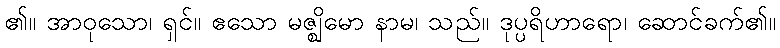
၏။ အာဝုသော၊ ရှင်။ ဧသော မဇ္ဈိမော နာမ၊ သည်။ ဒုပ္ပရိဟာရော၊ ဆောင်ခက်၏။